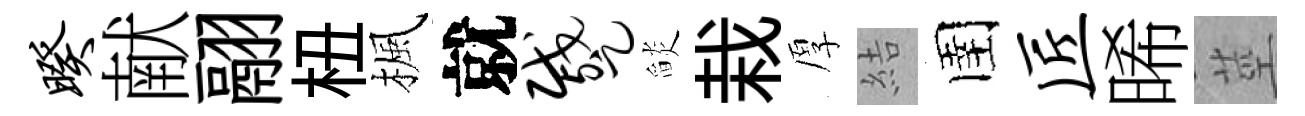
暌献翮杻楓就蹙𦦨栽厚結圉匠晞莖